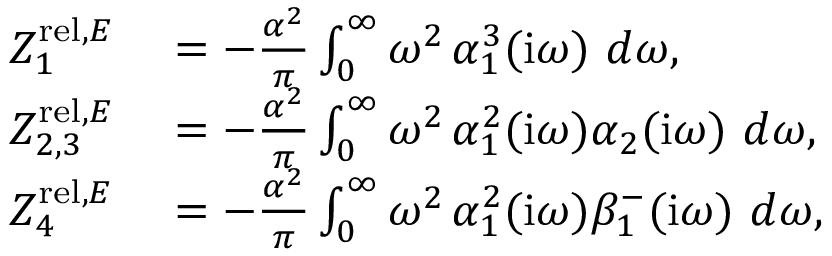
\begin{array} { r l } { Z _ { 1 } ^ { \mathrm { r e l } , E } } & { { } = - \frac { \alpha ^ { 2 } } \pi \int _ { 0 } ^ { \infty } \omega ^ { 2 } \, \alpha _ { 1 } ^ { 3 } ( \mathrm { i } \omega ) ~ d \omega , } \\ { Z _ { 2 , 3 } ^ { \mathrm { r e l } , E } } & { { } = - \frac { \alpha ^ { 2 } } \pi \int _ { 0 } ^ { \infty } \omega ^ { 2 } \, \alpha _ { 1 } ^ { 2 } ( \mathrm { i } \omega ) \alpha _ { 2 } ( \mathrm { i } \omega ) ~ d \omega , } \\ { Z _ { 4 } ^ { \mathrm { r e l } , E } } & { { } = - \frac { \alpha ^ { 2 } } \pi \int _ { 0 } ^ { \infty } \omega ^ { 2 } \, \alpha _ { 1 } ^ { 2 } ( \mathrm { i } \omega ) \beta _ { 1 } ^ { - } ( \mathrm { i } \omega ) ~ d \omega , } \end{array}